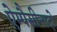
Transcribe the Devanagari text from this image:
ऐम्पैसीनादो